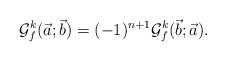
LaTeX: \begin{align*}\mathcal{G}^k_f(\vec{a};\vec{b})=(-1)^{n+1}\mathcal{G}^k_f(\vec{b};\vec{a}).\end{align*}